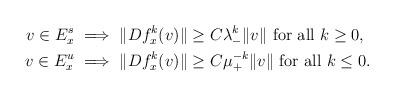
LaTeX: \begin{align*} v\in E^s_x &\implies \|Df^k_x(v)\|\geq C\lambda_-^k \|v\| \textrm{ for all } k\geq 0,\\v\in E^u_x &\implies \|Df^{k}_x(v)\|\geq C\mu_+^{-k} \|v\| \textrm{ for all } k\leq 0.\\\end{align*}